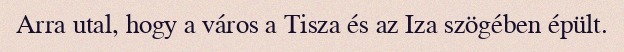
Arra utal, hogy a város a Tisza és az Iza szögében épült.